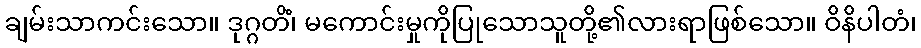
ချမ်းသာကင်းသော။ ဒုဂ္ဂတိံ၊ မကောင်းမှုကိုပြုသောသူတို့၏လားရာဖြစ်သော။ ဝိနိပါတံ၊